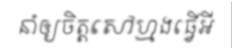
នាំឲ្យចិត្តសៅហ្មងធ្វើអី